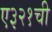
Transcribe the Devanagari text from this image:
ए३२१ची